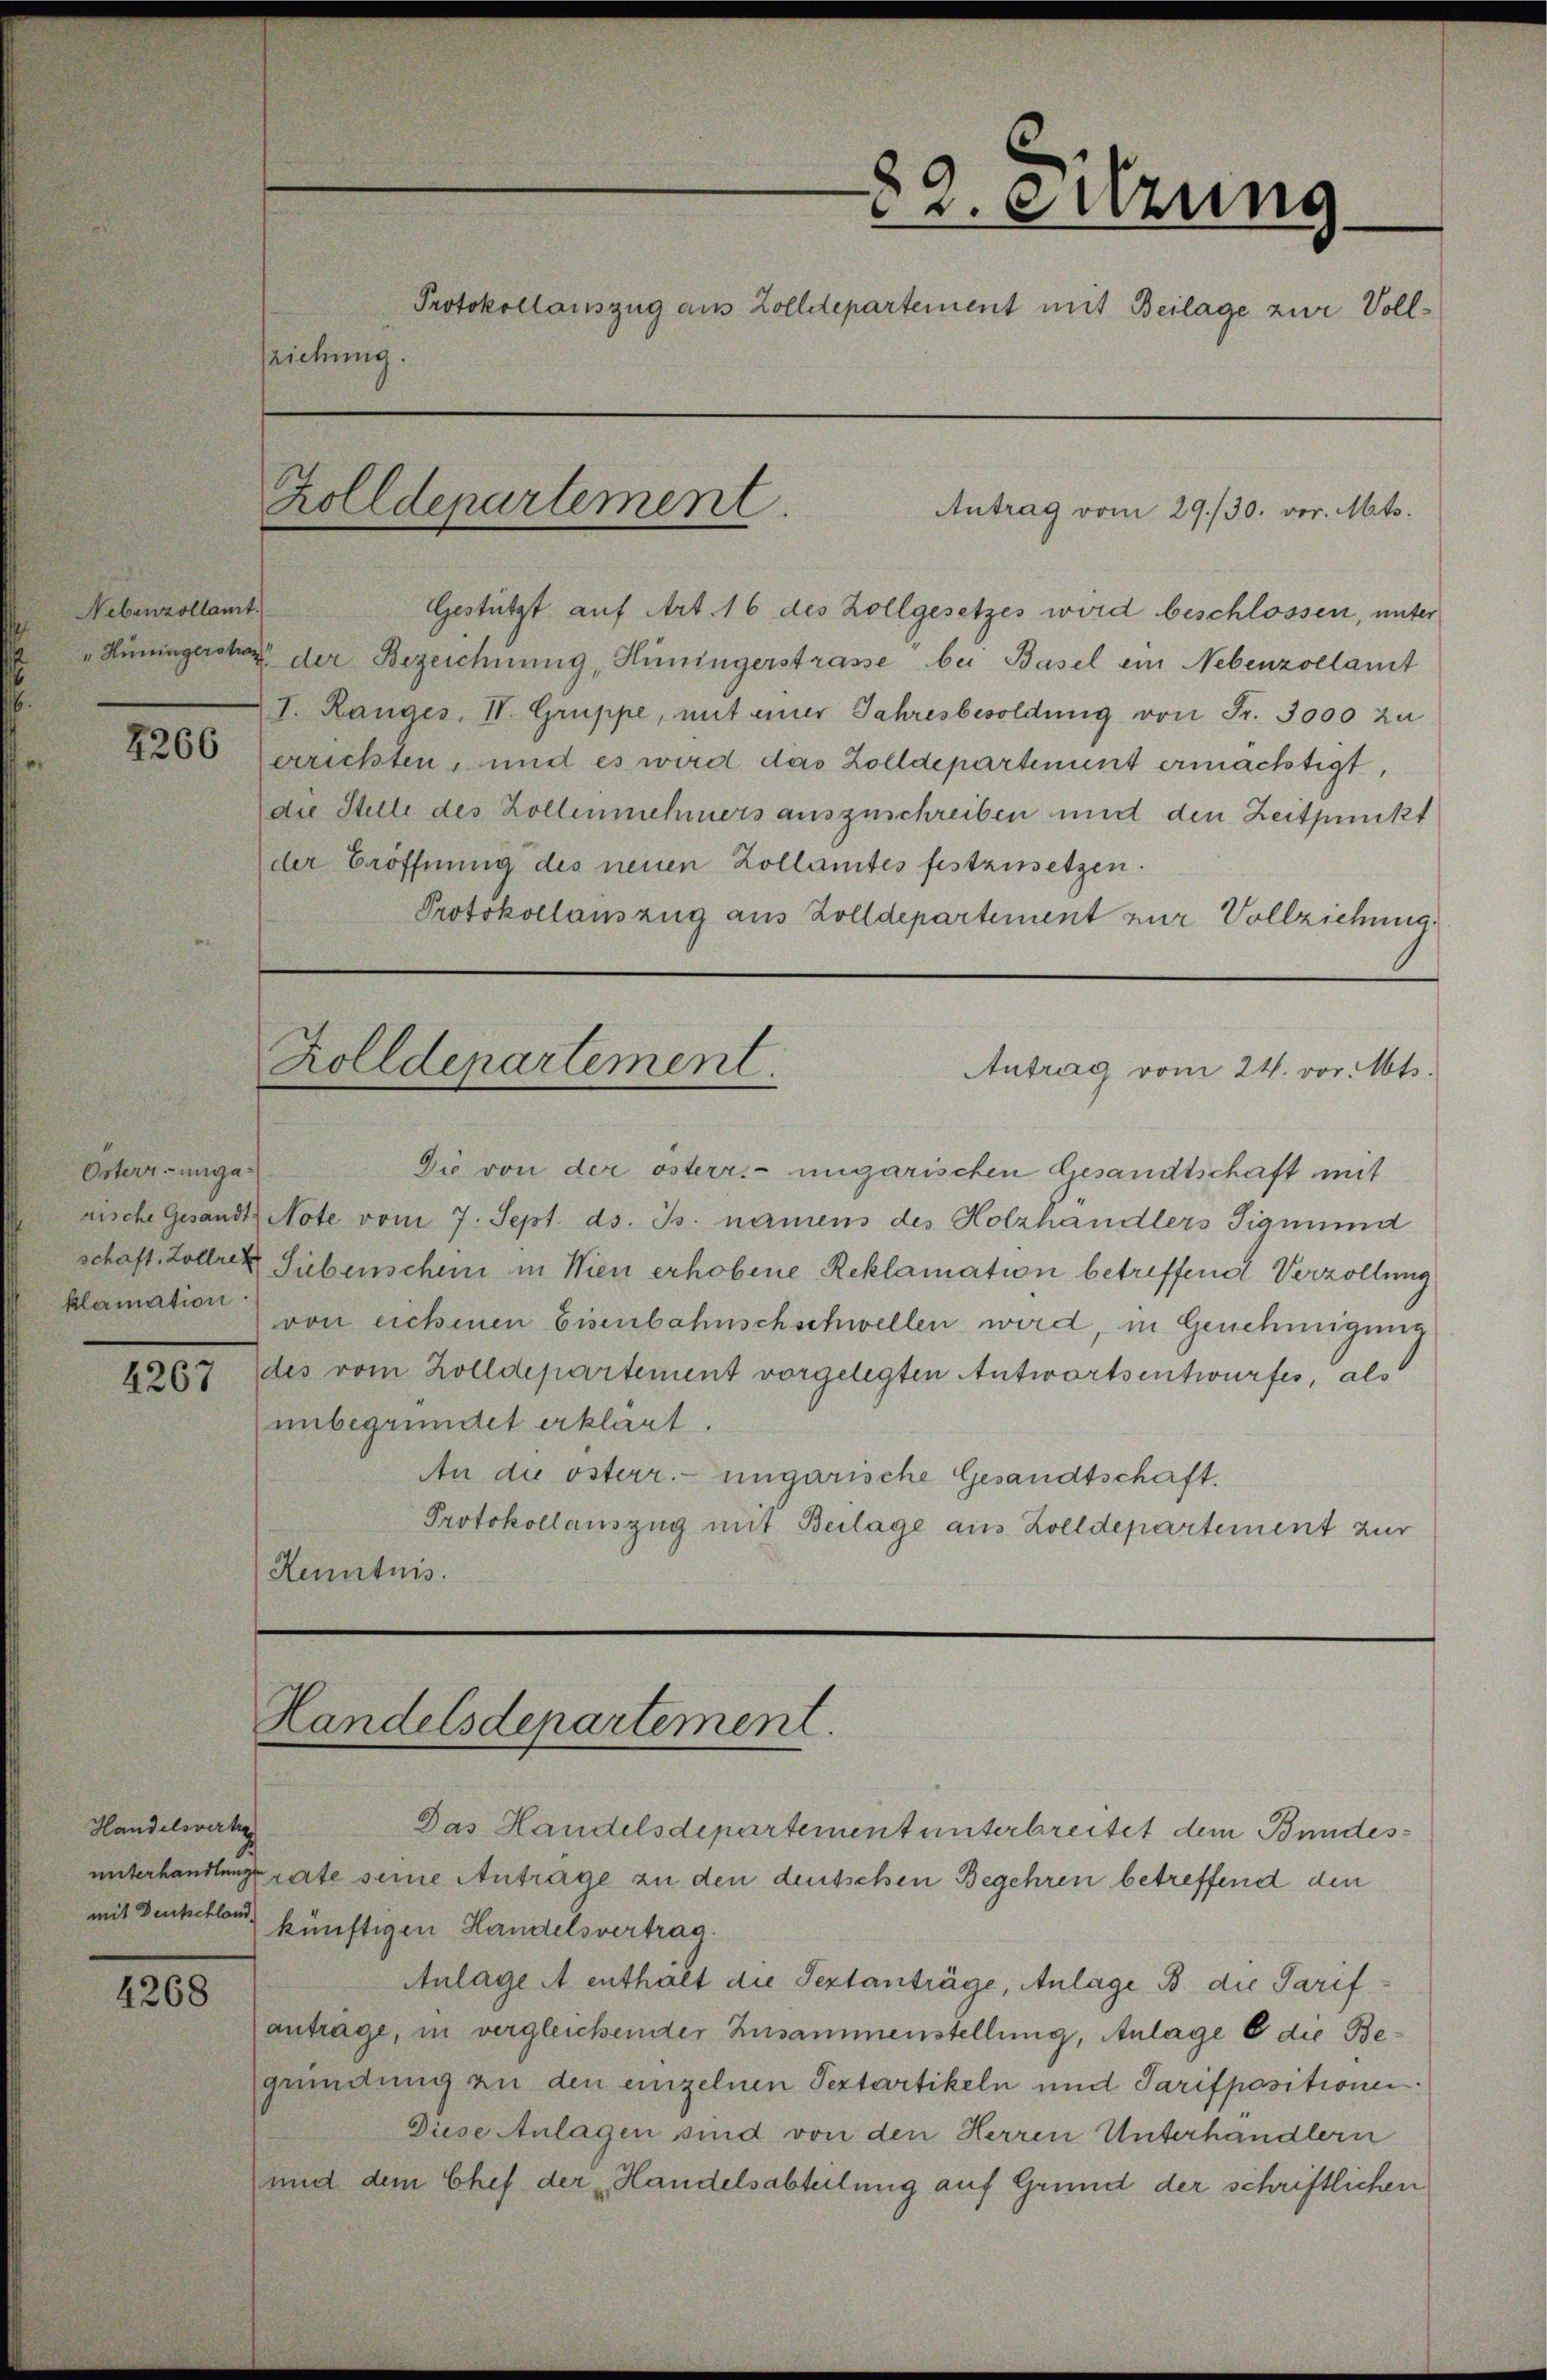
Nebenzollamt.

2266

Osterr.-ungaklamation.

120

Handelsvertr
mit Deutschland.

4268

82. Sitzung
Protokollauszug aus Zolldepartement mit Beilage zur Vollsziehung.
Zolldepartement
Antrag vom 29./30. vor. Mts.

Gestützt auf Art. 16 des Zollgesetzes wird beschlossen, unter
Hüningersher der Bezeichnung, Hinsingerstrasse bei Basel ein Nebenzollamt
I. Ranges, II. Gruppe, mit einer Jahresbesoldung von Fr. 3000 zu
errichten, und es wird das Zolldepartement ermächtigt,
die Stelle des Zollenmehrers auszuschreiben und den Zeitpunkt
der Eröffnung des neuen Zollamtes festzusetzen.
Protokollauszug aus Zolldepartement zur Vollziehung.

Zolldepartement
Antrag vom 24. vor. Mts.

Landelsdepartement.

Die von der österr. ungarischen Gesandtschaft mit
nische Gesandt, Note vom 7. Sept. ds. Js. namens des Holzhandlers Sigmund
schaft Zollrek Sibenschen in Wien erhobene Reklamation betreffend Verzöllung
von eichenen Eisenbahnschschwellen wird, in Genehmigung
des vom Zolldepartement vorgelegten Antwortsentwurfes, als
unbegründet erklärt.
An die österr. ungarische Gesandtschaft,
Protokollauszug mit Beilage aus Zolldepartement zur
Kenntnis.

Das Handelsdepartement unterbreitet dem Bundesunterhandlungsrate seine Antrage zu den deutschen Begehren betreffend den
künftigen Handelsvertrag.
Anlage A enthält die Septanträge, Anlage B. die Tarifantrage, in vergleichender Zusammenstellung, Anlage e die Begründung an den einzelnen Septartikeln und Tarifpasitionen.
Diese Anlagen sind von den Herren Unterhandlern
und dem Chef der Handelsabteilung auf Grund der schriftlichen